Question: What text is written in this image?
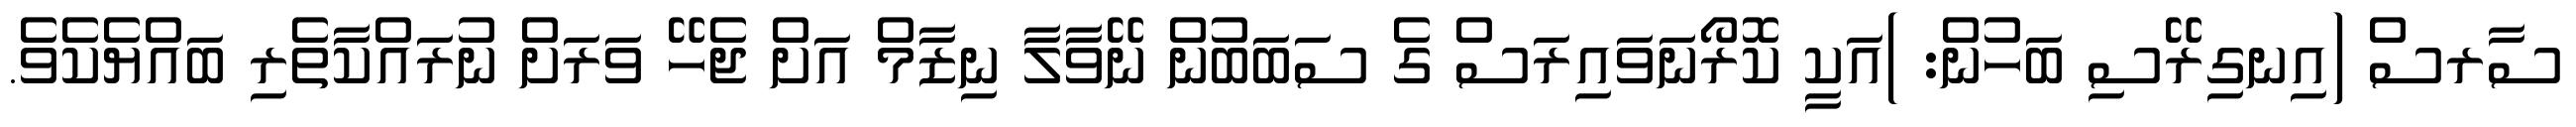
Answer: ސާރސް (އިނގިރޭސި ބަހުން: )އަކީ ކޮރޯނަވައިރަސް ގެ ސަބަބުން ނޭވާލާ ނިޒާމް އަށް ޖެހޭ ވަރަށް ނުރައްކާތެރި ބައްޔެކެވެ.